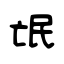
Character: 氓